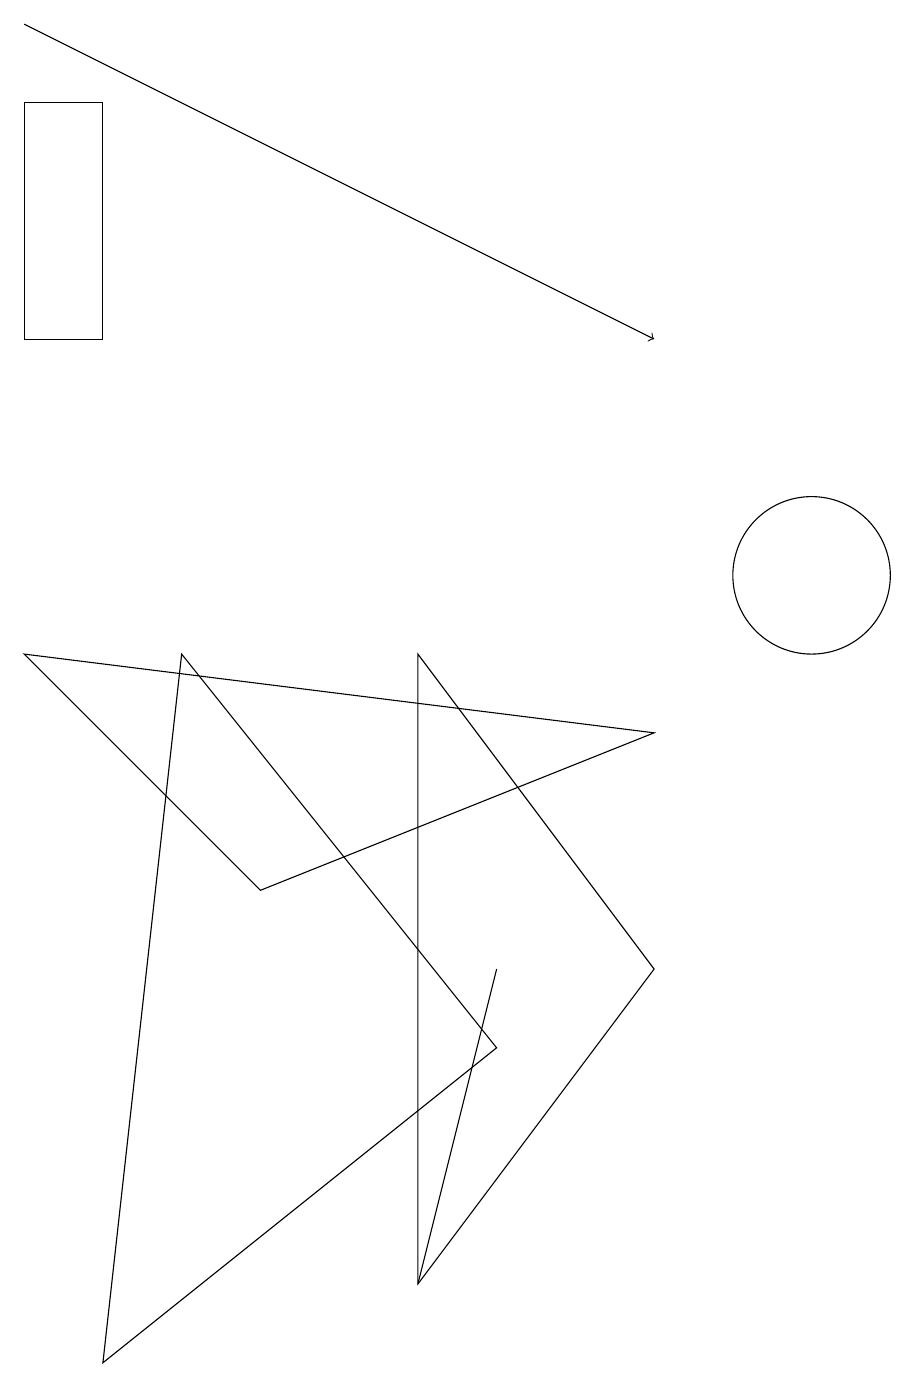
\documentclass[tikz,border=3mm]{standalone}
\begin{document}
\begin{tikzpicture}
\draw (6,5) -- (6,5) -- (5,1) -- cycle;
\draw (10,10) circle (1);
\draw (2,9) -- (6,4) -- (1,0) -- cycle;
\draw (3,6) -- (0,9) -- (8,8) -- cycle;
\draw (0,13) rectangle (1,16);
\draw[->] (0,17) -- (8,13);
\draw (8,5) -- (5,1) -- (5,9) -- cycle;
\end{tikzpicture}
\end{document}